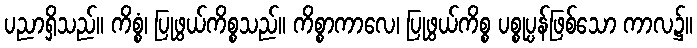
ပညာရှိသည်။ ကိစ္စံ၊ ပြုဖွယ်ကိစ္စသည်။ ကိစ္စာကာလေ၊ ပြုဖွယ်ကိစ္စ ပစ္စုပ္ပန်ဖြစ်သော ကာလ၌။